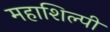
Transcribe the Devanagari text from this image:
महाशिल्पी